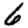
Digit: 6